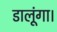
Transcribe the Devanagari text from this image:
डालूंगा।